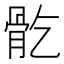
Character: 𩨘